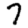
Digit: 7